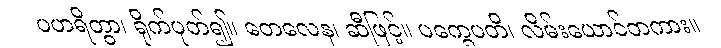
ပဟရိတွာ၊ ရိုက်ပုတ်၍။ တေလေန၊ ဆီဖြင့်။ ပက္ခေပတိ၊ လိမ်းယောင်တကား။